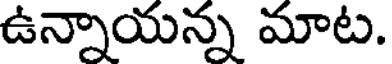
ఉన్నాయన్న మాట.